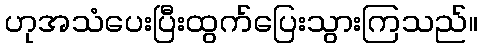
ဟုအသံပေးပြီးထွက်ပြေးသွားကြသည်။